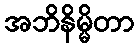
အဘိနိမ္မိတာ